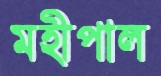
মহীপাল